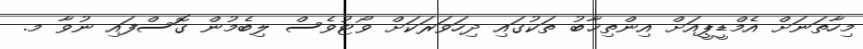
މިހާތަނަށް އެމްޑީޕީއަށް އިންތިޚާބު ތަކުގައި ދިހަވަރަކަށް ވޯޓުވެސް ލިބެމުން ގޮސްފައި ނުވާ މ.